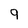
Character: 9